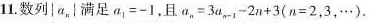
11.数列|a|满足a_{1|=-1，且α_{n|=3a_{n-1| -2n+3\left (n= 2,3\cdots - \right ) 。